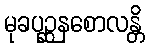
မုခပုဉ္ဆနစောလန္တိ